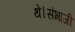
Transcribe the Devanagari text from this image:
थे।संभाजी